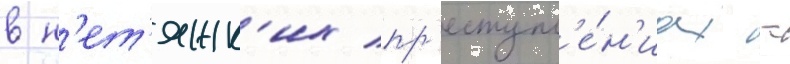
в н'ет'яжк'их пр'еступл'е́н'иах -